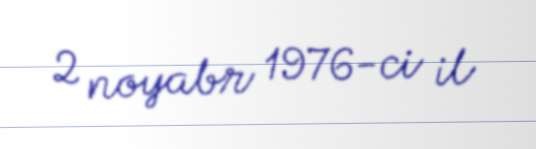
2 noyabr 1976-ci il